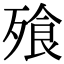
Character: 飱